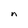
Character: n